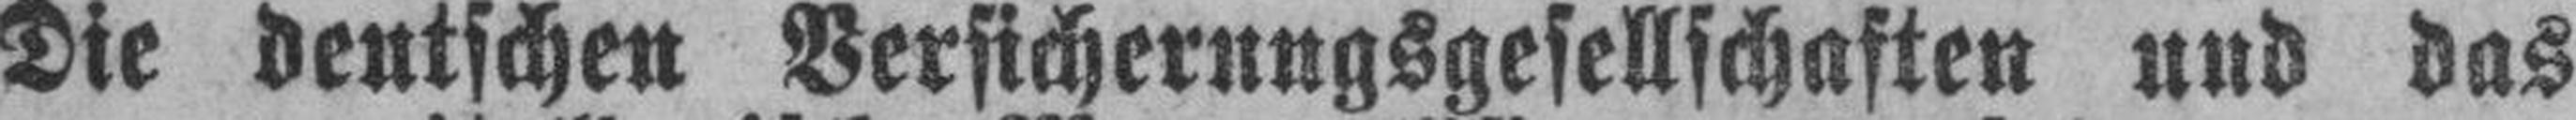
Die deutschen Versicherungsgesellschaften und das